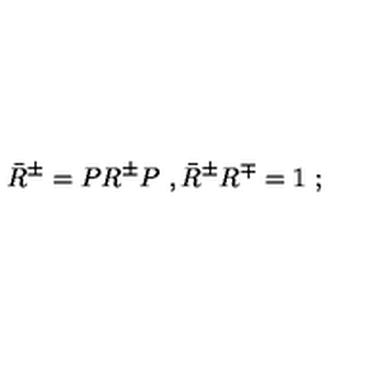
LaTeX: { \bar { R } } ^ { \pm } = P R ^ { \pm } P \ , { \bar { R } } ^ { \pm } R ^ { \mp } = 1 \ ;